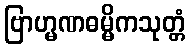
ဗြာဟ္မဏဓမ္မိကသုတ္တံ